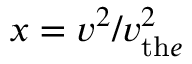
x = v ^ { 2 } / v _ { \mathrm { t h } e } ^ { 2 }